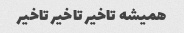
همیشه تاخیر تاخیر تاخیر